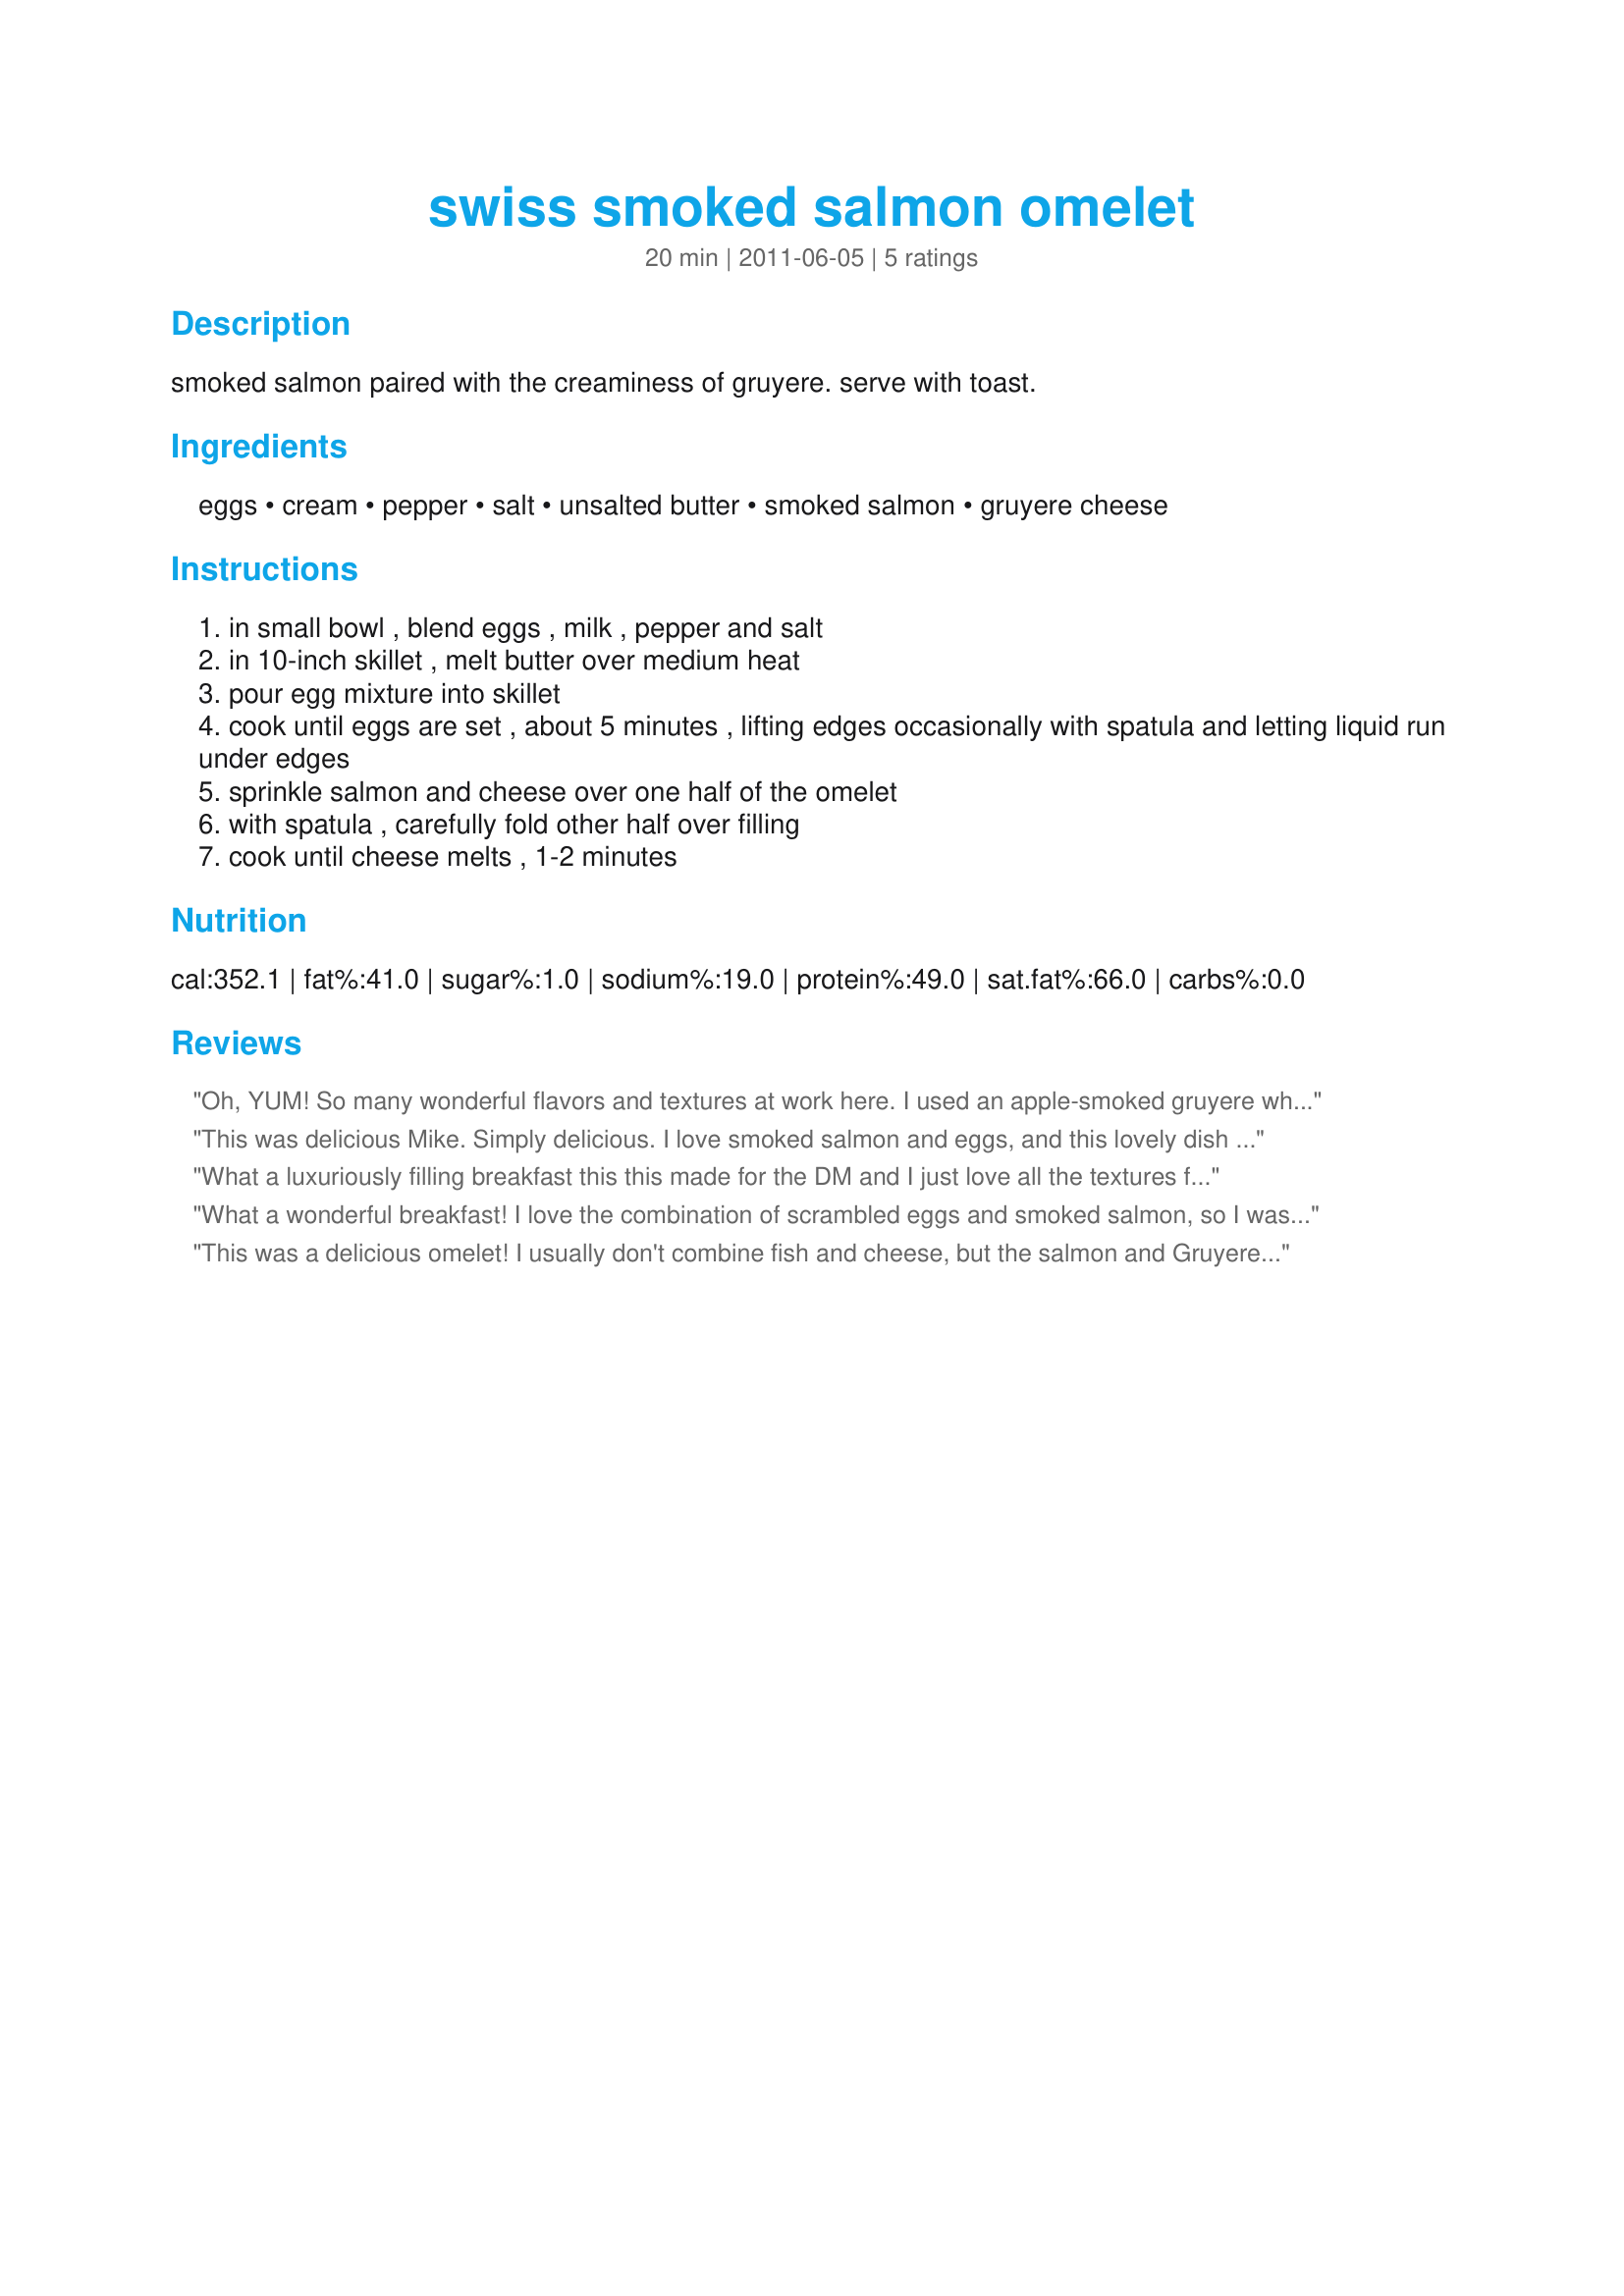
swiss smoked salmon omelet
Preparation time: 20 minutes

smoked salmon paired with the creaminess of gruyere. serve with toast.

Ingredients:
eggs, cream, pepper, salt, unsalted butter, smoked salmon, gruyere cheese

Steps:
in small bowl , blend eggs , milk , pepper and salt
in 10-inch skillet , melt butter over medium heat
pour egg mixture into skillet
cook until eggs are set , about 5 minutes , lifting edges occasionally with spatula and letting liquid run under edges
sprinkle salmon and cheese over one half of the omelet
with spatula , carefully fold other half over filling
cook until cheese melts , 1-2 minutes

Reviews:
Oh, YUM! So many wonderful flavors and textures at work here. I used an apple-smoked gruyere which added a delightful taste that, when blended with the smoked salmon, made for quite a wonderful omelet here. Thanks, Mikekey. Made for ZWT7, Mischief Makers.
This was delicious Mike. Simply delicious. I love smoked salmon and eggs, and this lovely dish does not disappoint. The Gruyere cheese puts it over the top. It certainly does melt in your mouth. It was light and fluffy with great textures. Thank you for sharing a recipe that I will enjoy again and again. Made FYC Tag Game 2015.
What a luxuriously filling breakfast this this made for the DM and I just love all the textures from the silky softness of the egg to the sharpness and gooieness of the cheese (I used a mix of sharp cheddar and mozzarella) and that slight saltiness of the smoked salmon and served with crispy buttery wholemeal/wholegrain toast, heaven on a plate. Thank you Mikekey, made for Make My Recipe - Edition 14.
What a wonderful breakfast! I love the combination of scrambled eggs and smoked salmon, so I was sure I'd love this as well. The eggs were fresh from my own chickens, and the beautiful golden yolks along with with the pink of the salmon made this as pretty as it was yummy. I made as written, but next time I think I'll add either some fresh dill or chives, as both are wonderful with eggs and salmon. I'd never have thought to pair Gruyere with salmon, but the combination worked beautifully- nutty flavors in the cheese with the richness of the fish.
This was a delicious omelet! I usually don't combine fish and cheese, but the salmon and Gruyere worked wonderfully together. Every forkful melted in my mouth. I had a bit of trouble folding one half of the omelet over the other half, so the end result didn't look all that impressive. It tasted far better than it appeared on my plate. I also added dill and thyme to give it an extra kick. This recipe is definitely a keeper!
